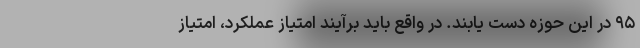
۹۵ در این حوزه دست یابند. در واقع باید برآیند امتیاز عملکرد، امتیاز